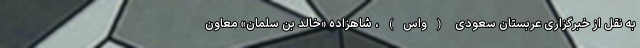
به نقل از خبرگزاری عربستان سعودی (واس)، شاهزاده «خالد بن سلمان» معاون